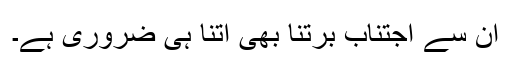
ان سے اجتناب برتنا بھی اتنا ہی ضروری ہے۔